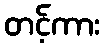
တင့်ကား